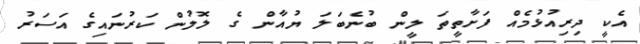
އެކީ ދިރިއުޅުމެއް ފަށާތީތަ ލީން ބުނެބަލަ ޔުއާން ގެ ލޮލުން ކަރުނައިގެ އަސަރު